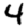
Digit: 4